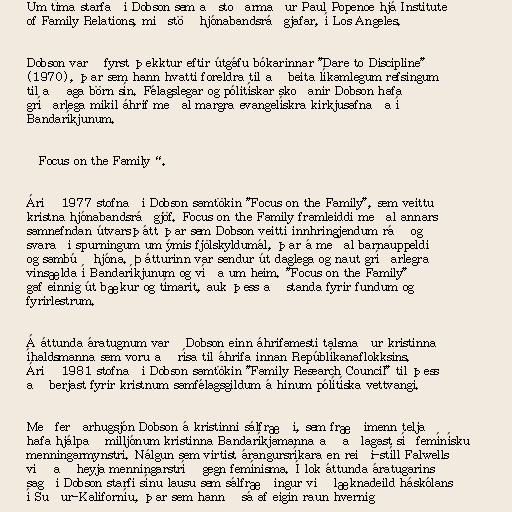
Um tíma starfaði Dobson sem aðstoðarmaður Paul Popenoe hjá Institute
of Family Relations, miðstöð hjónabandsráðgjafar, í Los Angeles.

Dobson varð fyrst þekktur eftir útgáfu bókarinnar "Dare to Discipline"
(1970), þar sem hann hvatti foreldra til að beita líkamlegum refsingum
til að aga börn sín. Félagslegar og pólitískar skoðanir Dobson hafa
gríðarlega mikil áhrif meðal margra evangelískra kirkjusafnaða í
Bandaríkjunum.

„Focus on the Family“.

Árið 1977 stofnaði Dobson samtökin "Focus on the Family", sem veittu
kristna hjónabandsráðgjöf. Focus on the Family framleiddi meðal annars
samnefndan útvarsþátt þar sem Dobson veitti innhringjendum ráð og
svaraði spurningum um ýmis fjölskyldumál, þar á meðal barnauppeldi
og sambúð hjóna. Þátturinn var sendur út daglega og naut gríðarlegra
vinsælda í Bandaríkjunum og víða um heim. "Focus on the Family"
gaf einnig út bækur og tímarit, auk þess að standa fyrir fundum og
fyrirlestrum.

Á áttunda áratugnum varð Dobson einn áhrifamesti talsmaður kristinna
íhaldsmanna sem voru að rísa til áhrifa innan Repúblíkanaflokksins.
Árið 1981 stofnaði Dobson samtökin "Family Research Council" til þess
að berjast fyrir kristnum samfélagsgildum á hinum pólítíska vettvangi.

Meðferðarhugsjón Dobson á kristinni sálfræði, sem fræðimenn telja
hafa hjálpað milljónum kristinna Bandaríkjamanna að aðlagast síðfemínísku
menningarmynstri. Nálgun sem virtist árangursríkara en reiði-stíll Falwells
við að heyja menningarstríð gegn femínisma. Í lok áttunda áratugarins
sagði Dobson starfi sínu lausu sem sálfræðingur við læknadeild háskólans
í Suður-Kaliforníu, þar sem hann „sá af eigin raun hvernig